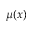
\mu ( x )